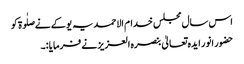
اس سال مجلس خدام الاحمدیہ یوکے نےصلٰوۃ کو
حضور انور ایدہ تعالیٰ بنصرہ العزیز نے فرمایا :۔